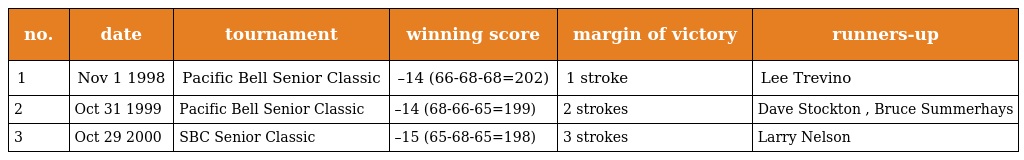
| no. | date | tournament | winning score | margin of victory | runners-up |
 | --- | --- | --- | --- | --- | --- |
 | 1 | Nov 1 1998 | Pacific Bell Senior Classic | –14 (66-68-68=202) | 1 stroke | Lee Trevino |
 | 2 | Oct 31 1999 | Pacific Bell Senior Classic | –14 (68-66-65=199) | 2 strokes | Dave Stockton , Bruce Summerhays |
 | 3 | Oct 29 2000 | SBC Senior Classic | –15 (65-68-65=198) | 3 strokes | Larry Nelson |